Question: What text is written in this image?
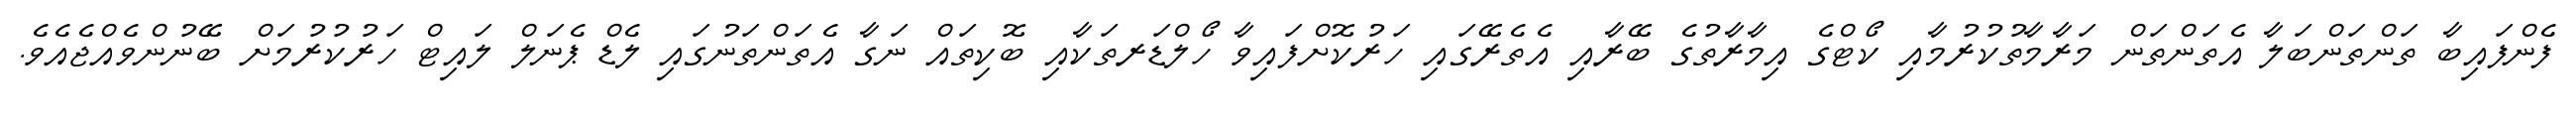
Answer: ފެންފައިބާ ތަންތަންބަލާ އެތަންތަން މަރާމާތުކުރުމާއި ކޯޓްގެ އިމާރާތުގެ ބޭރާއި އެތެރޭގައި ހަރުކޮށްފައިވާ ހޯލްޑަރތަކާއި ބޮކިތައް ނަގާ އެތަންތަނުގައި ލެޑް ޕެނަލް ލައިޓް ހަރުކުރުމަށް ބޭނުންވެއްޖެއެވެ.